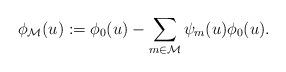
LaTeX: \begin{align*}\phi_{\mathcal{M}}(u):= \phi_{0}(u) - \sum_{m\in \mathcal{M}} \psi_m(u)\phi_0(u).\end{align*}